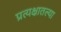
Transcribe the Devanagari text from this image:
प्रत्यक्षातल्या